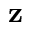
\mathbf { z }